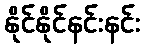
နိုင်နိုင်နင်းနင်း